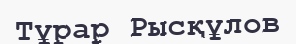
Тұрар Рысқұлов